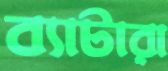
ব্যাটারা